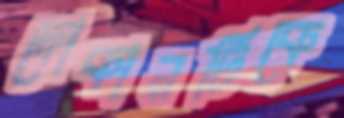
দোকানটিকে